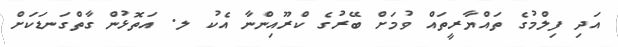
އަދި ފިލްމުގެ ތައްޔާރީތައް ވުމަށް ބޭރުގެ ކްރޫއިންނާ އެކު ލ. އަތޮޅުން ގާތްގަނޑަކަށް